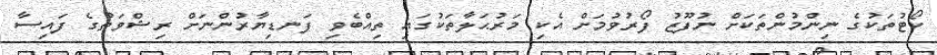
ކޯޓުތަކުގެ ނިންމުންތަކަށް ނުފޫޒު ފޯރުވުމަށް އެކި މަރުޙަލާތަކުގައި ތިއްބެވި ފަނޑިޔާރުންނަށް ރިޝްވަތުގެ ފައިސާ